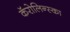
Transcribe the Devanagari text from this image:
कॅरोलिन्स्का